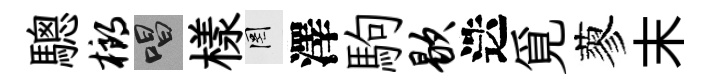
驄榔唱樣罔澤駒歇迭覓蓼末